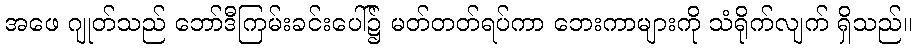
အဖေ ဂျုတ်သည် ဘော်ဒီကြမ်းခင်းပေါ်၌ မတ်တတ်ရပ်ကာ ဘေးကာများကို သံရိုက်လျက် ရှိသည်။